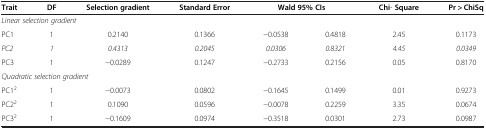
| Trait | DF | Selection gradient | Standard Error | <COLSPAN=2> Wald 95%CIs | Chi- Square | Pr > ChiSq |
 | --- | --- | --- | --- | --- | --- | --- | --- |
 | <COLSPAN=8> Linear selection gradient |
 | PC1 | 1 | 0.2140 | 0.1366 | −0.0538 | 0.4818 | 2.45 | 0.1173 |
 | PC2 | 1 | 0.4313 | 0.2045 | 0.0306 | 0.8321 | 4.45 | 0.0349 |
 | PC3 | 1 | −0.0289 | 0.1247 | −0.2733 | 0.2156 | 0.05 | 0.8170 |
 | <COLSPAN=8> Quadratic selection gradient |
 | PC12 | 1 | −0.0073 | 0.0802 | −0.1645 | 0.1499 | 0.01 | 0.9273 |
 | PC22 | 1 | 0.1090 | 0.0596 | −0.0078 | 0.2259 | 3.35 | 0.0674 |
 | PC32 | 1 | −0.1609 | 0.0974 | −0.3518 | 0.0301 | 2.73 | 0.0987 |